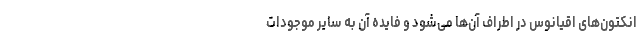
انکتون‌های اقیانوس در اطراف آن‌ها می‌شود و فایده آن به سایر موجودات